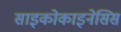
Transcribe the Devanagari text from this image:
साइकोकाइनेसिस